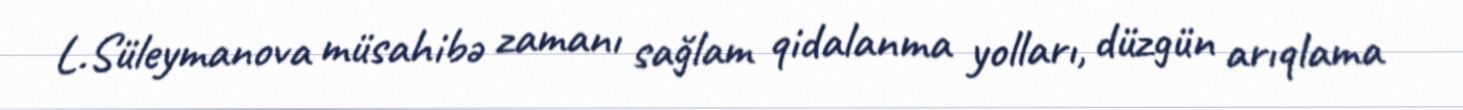
L.Süleymanova müsahibə zamanı sağlam qidalanma yolları, düzgün arıqlama